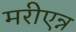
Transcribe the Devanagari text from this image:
मरीएन्न